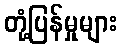
တုံ့ပြန်မှုများ